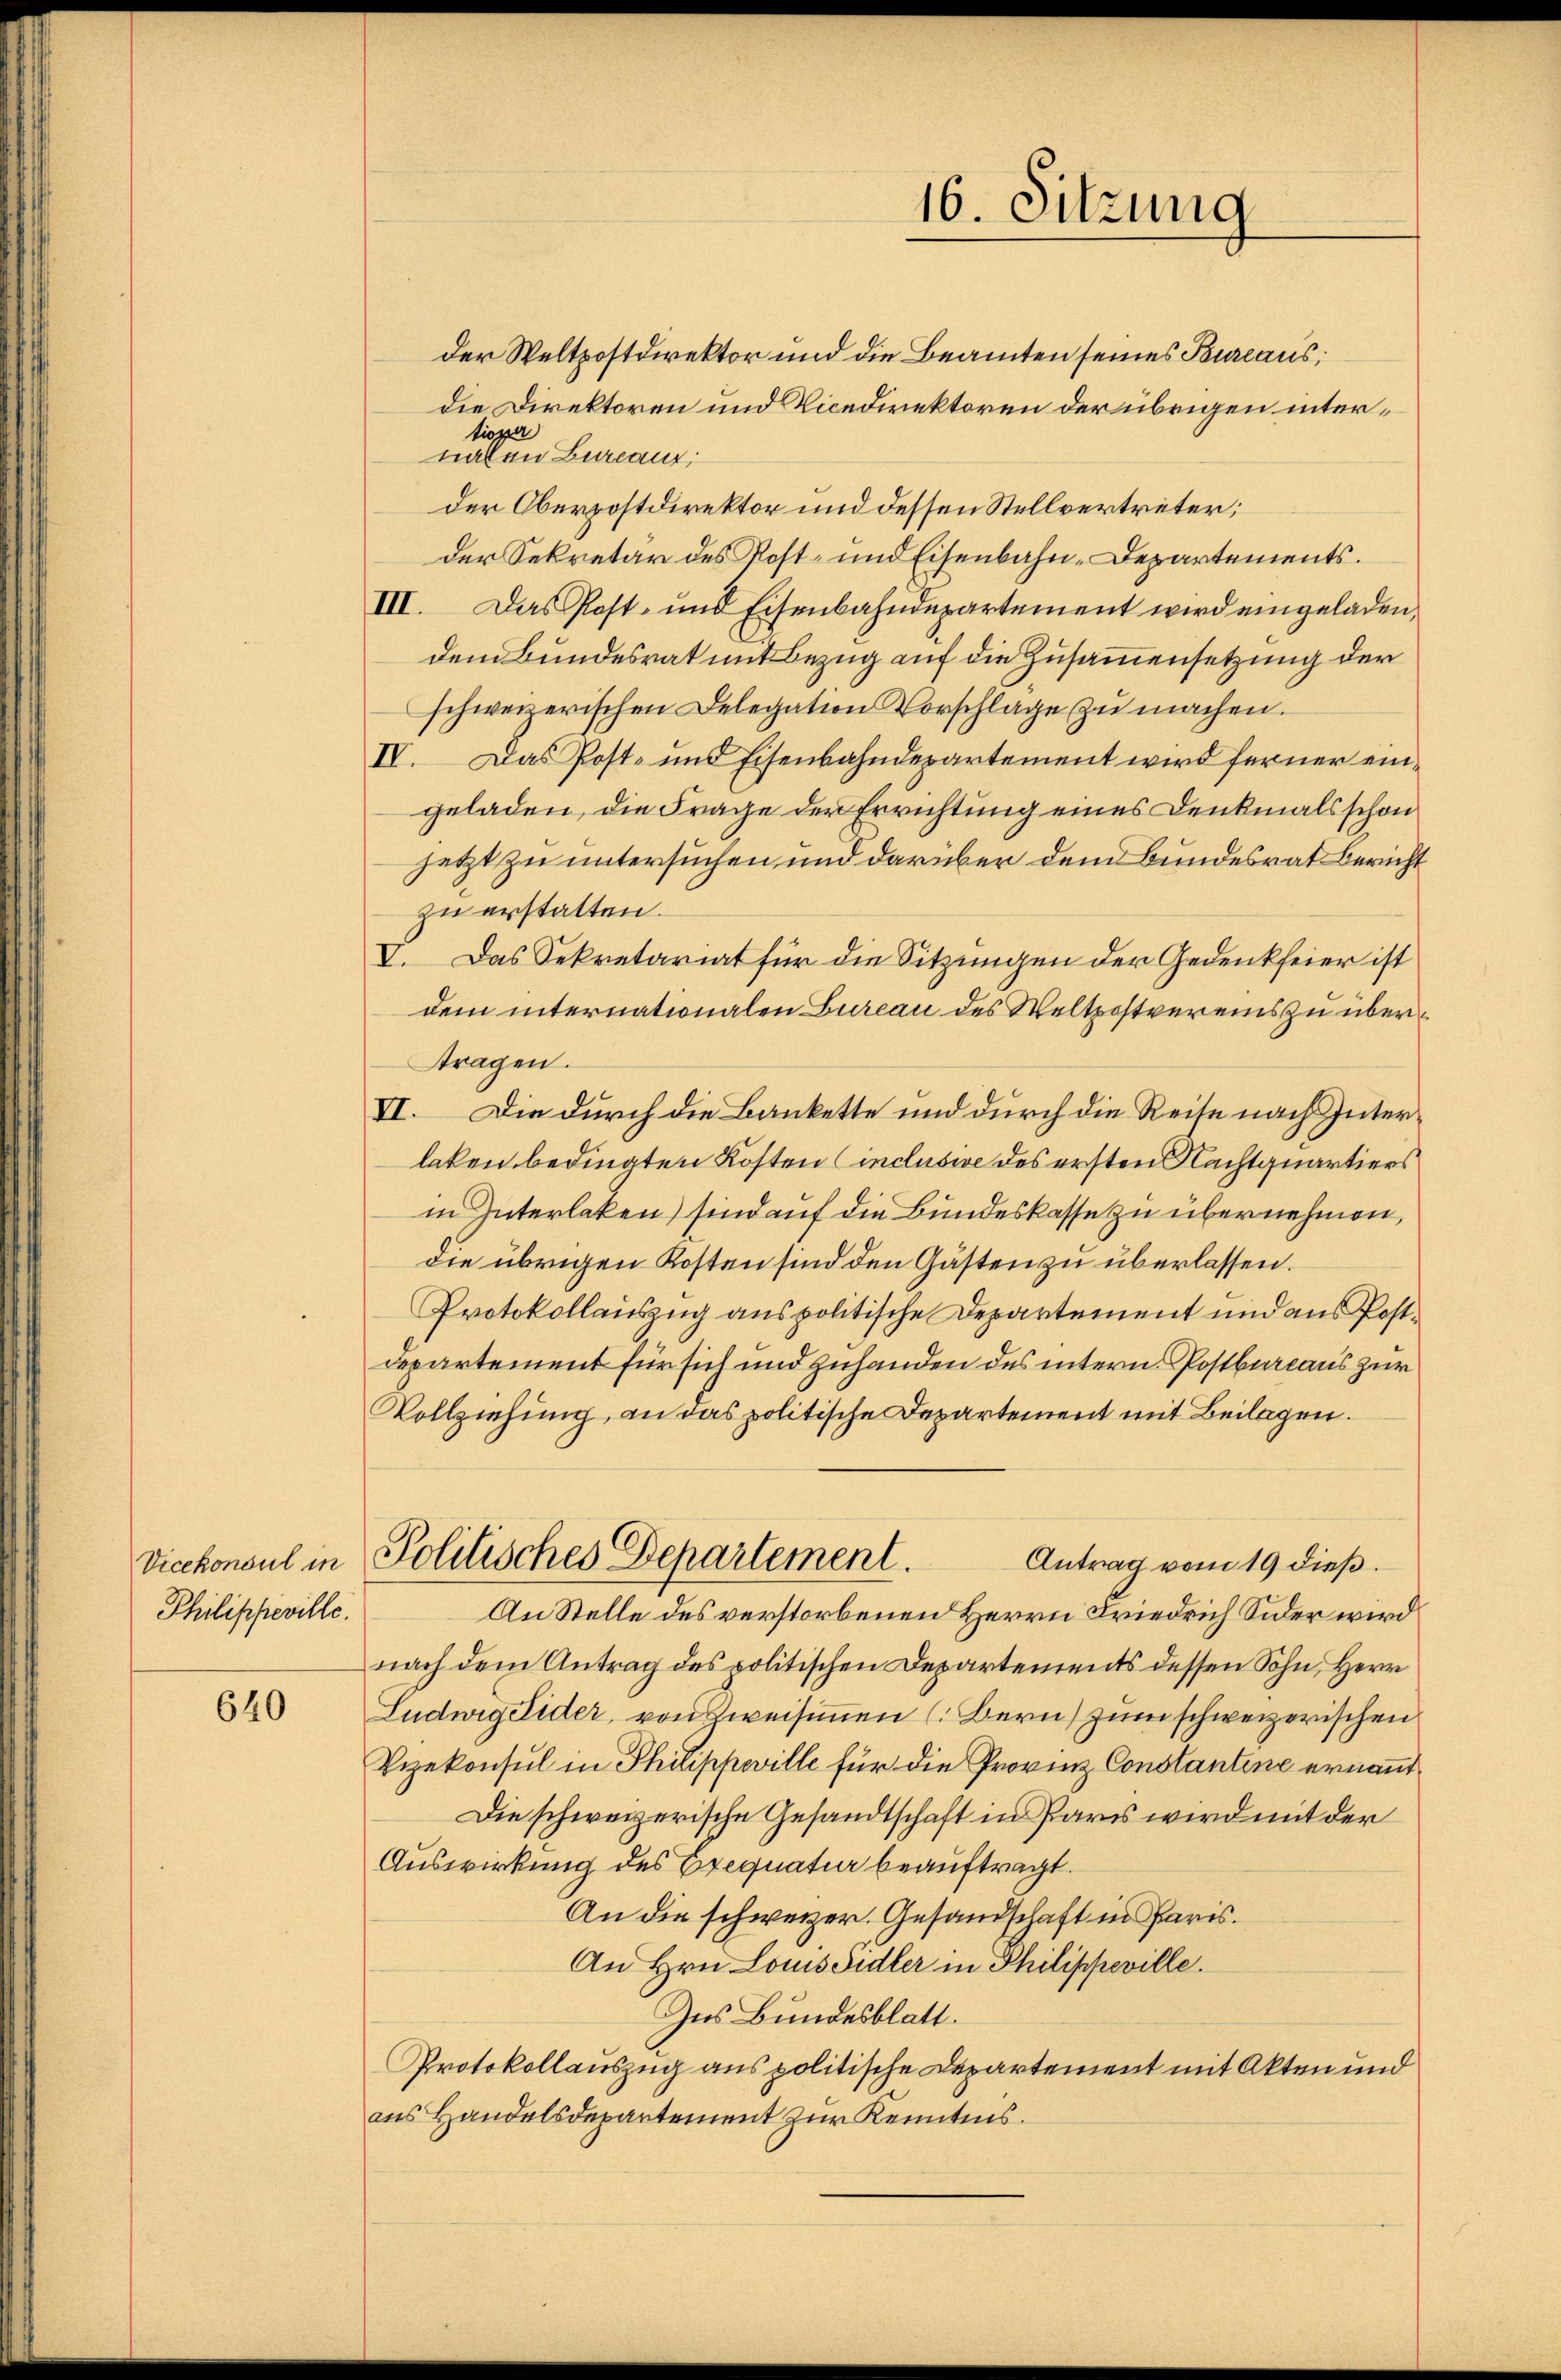
Vicekonsul in
Philippeville.

640

16. Sitzung

der Weltpostdirektor und die Beamten seines Bureaus;
die Direktoren und Vicedirektoren der übrigen intertioper
nalen Bureaux;
der Oberpostdirektor und dessen Stellvertreter;
der Sekretär des Post- und Eisenbahn-Departements.
III. Das Post- und Eisenbahndepartement wird eingeladen,
dem Bundesrat mit Bezug auf die Zusammensetzung der
schweizerischen Delegation Vorschlage zŭ machen.
IV. Das Post- und Eisenbahndepartement wird ferner eingeladen, die Frage der Errichtung eines Denkmals schon
jetzt zu untersuchen und darüber dem Bundesrat Bericht
zu erstatten.
V. Das Sekretariat für die Sitzungen der Gedenkfeier ist
dem internationalen Bureau des Weltpostvereins zu überttragen.
VI. Die durch die Bankette und durch die Reise nach Interlaken bedingten Kosten (inclusie des ersten Nachtquartiers
in Interlaken) sind auf die Bundeskasse zu übernehmen,
die übrigen Kosten sind den Gästen zu überlassen.
Protokollauszug aus politische Departement und aus Postdepartement für sich und zuhanden des intern Postbureaus zur
Vollziehung, an das politische Departement mit Beilagen.
Politisches Departement.
Antrag vom 19 dieß.
An Stelle des verstorbenen Herrn Friedrich Sider wird
nach dem Antrag des politischen Departements dessen Sohn, Herr
Ludwig Sider, von weisimmen (Bern) zum schweizerischen
Vizekonsul in Philippeville für die Provinz Constantine ernannt
Die schweizerische Gesandtschaft in Paris wird mit der
Auswirkung des Exequatuor beauftragt.
An die schweizer. Gesandschaft in Paris.
An Hrn. Louisdidler in Philippeville.
Ins Bundesblatt.
Protokollauszug aus politische Departement mit Akten und
aus Handelsdepartement zur Kenntnis.